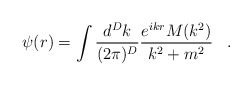
\begin{align*}\psi(r)=\int\frac{d^Dk}{(2\pi)^D}\frac{e^{ikr}M(k^2)}{k^2+m^2}\;\;\;.\end{align*}